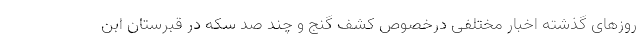
روزهای گذشته اخبار مختلفی درخصوص کشف گنج و چند صد سکه در قبرستان ابن